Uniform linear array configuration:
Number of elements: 16
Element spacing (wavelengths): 0.5
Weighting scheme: binomial
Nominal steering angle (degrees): -60
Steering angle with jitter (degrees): -61.103
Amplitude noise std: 0.05
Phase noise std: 0.05

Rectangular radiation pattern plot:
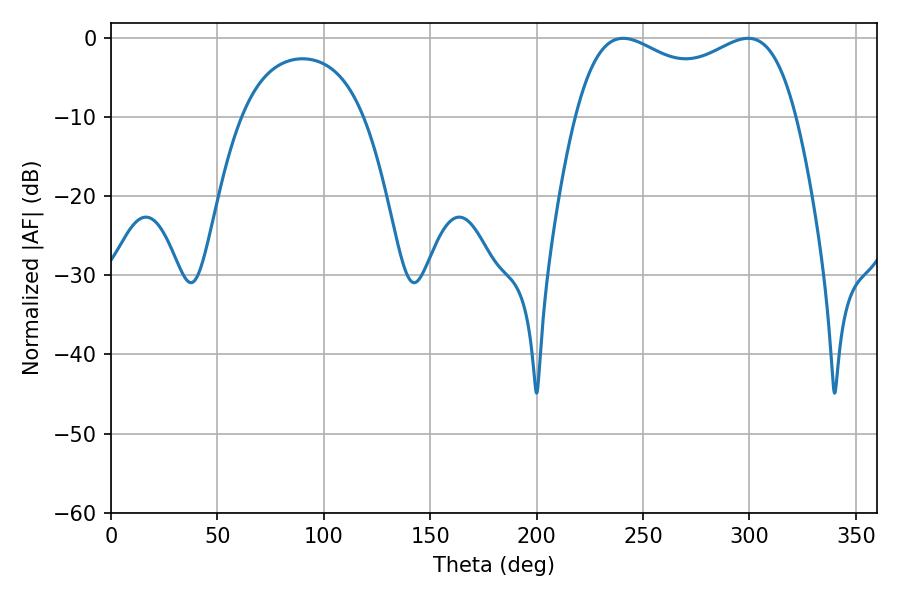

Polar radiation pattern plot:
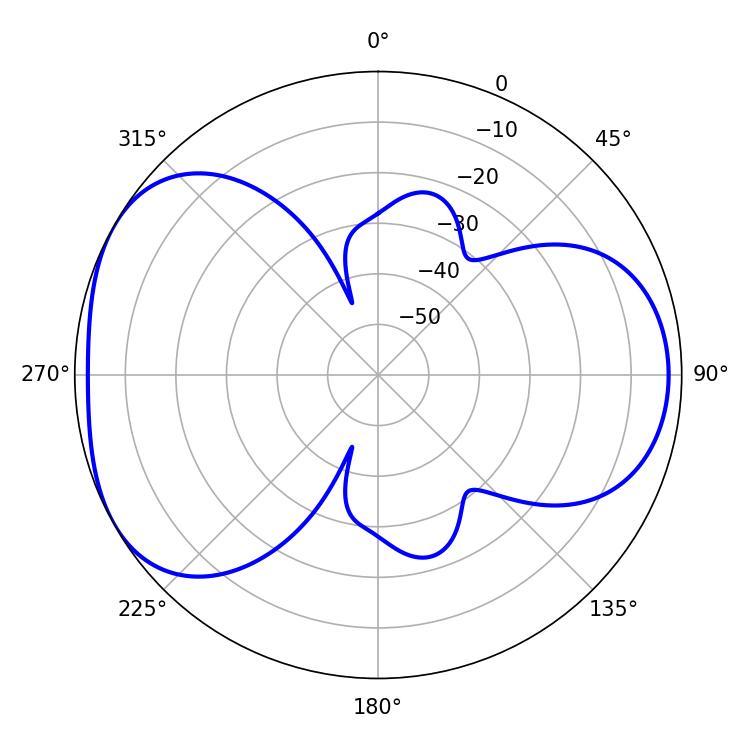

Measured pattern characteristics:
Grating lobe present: FALSE
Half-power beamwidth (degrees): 85.68
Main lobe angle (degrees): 240.66